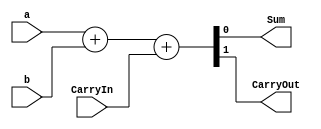
// 1 bit full adder
module FullAdder(a, b, CarryIn, Sum, CarryOut);
input a, b, CarryIn;
output Sum, CarryOut;
wire Sum, CarryOut;

	assign {CarryOut, Sum} = a + b + CarryIn;

endmodule